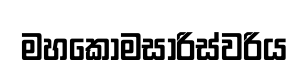
මහකොමසාරිස්වරිය